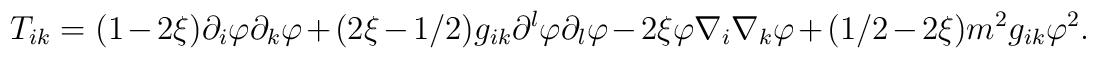
T_{ik}=(1-2\xi )\partial _{i}\varphi \partial _{k}\varphi +(2\xi-1/2)g_{ik}\partial ^{l}\varphi \partial _{l}\varphi -2\xi \varphi \nabla_{i}\nabla _{k}\varphi +(1/2-2\xi )m^{2}g_{ik}\varphi ^{2}.